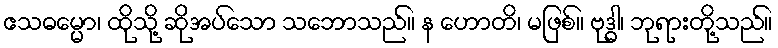
ဧသဓမ္မော၊ ထိုသို့ ဆိုအပ်သော သဘောသည်။ န ဟောတိ၊ မဖြစ်။ ဗုဒ္ဓါ၊ ဘုရားတို့သည်။